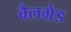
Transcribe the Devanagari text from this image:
बैलग्रेड